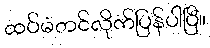
ထပ်မံတင်လိုက်ပြန်ပါပြီ။